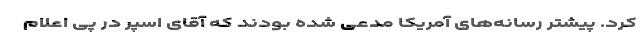
کرد. پیشتر رسانه‌های آمریکا مدعی شده بودند که آقای اسپر در پی اعلام